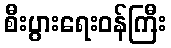
စီးပွားရေးဝန်ကြီး